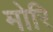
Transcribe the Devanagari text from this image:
मोरि